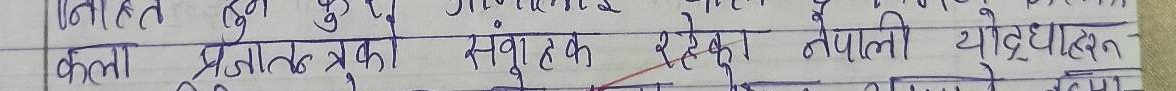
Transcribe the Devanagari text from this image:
कस्ता प्रजातन्त्रका स्वरूपहरू रहेका नेपाली योद्धासन